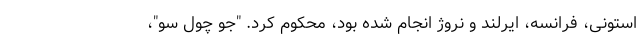
استونی، فرانسه، ایرلند و نروژ انجام شده بود، محکوم کرد. "جو چول سو"،